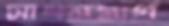
সাধনমার্গ